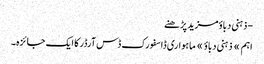
- ذہنی دباؤمزید پڑھنے
اہم » ذہنی دباؤ » ماہواری ڈاسفورک ڈس آرڈر کا ایک جائزہ۔